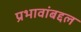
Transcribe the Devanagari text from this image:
प्रभावांबद्दल